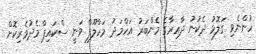
ހުންނެވި ގަލޮޅު ދެކުނު ދާއިރާގެ މެންބަރު އަހްމަދު މަހްލޫފް ވަނީ ސްކައިޕް މެދުވެރިކޮށް